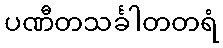
ပဏီတသင်္ခါတတရံ